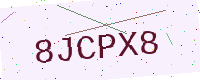
Text: 8JCPX8